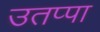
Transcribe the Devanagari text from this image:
उतप्पा